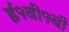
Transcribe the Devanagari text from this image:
ई१बी१बी